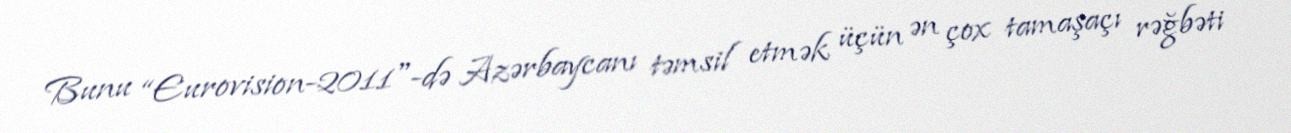
Bunu “Eurovision-2011"-də Azərbaycanı təmsil etmək üçün ən çox tamaşaçı rəğbəti